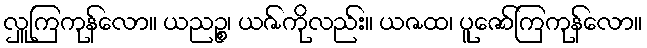
လှူကြကုန်လော။ ယညဉ္စ၊ ယဇ်ကိုလည်း။ ယဇထ၊ ပူဇော်ကြကုန်လော။